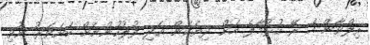
ރިލްވާން އެ ރޭ ހުޅުމާލެ އަށް ދިޔަކަން އަދި ފުލުހުންނަށް ކަށަވަރު ނުވި